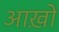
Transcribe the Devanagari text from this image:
आख़ों